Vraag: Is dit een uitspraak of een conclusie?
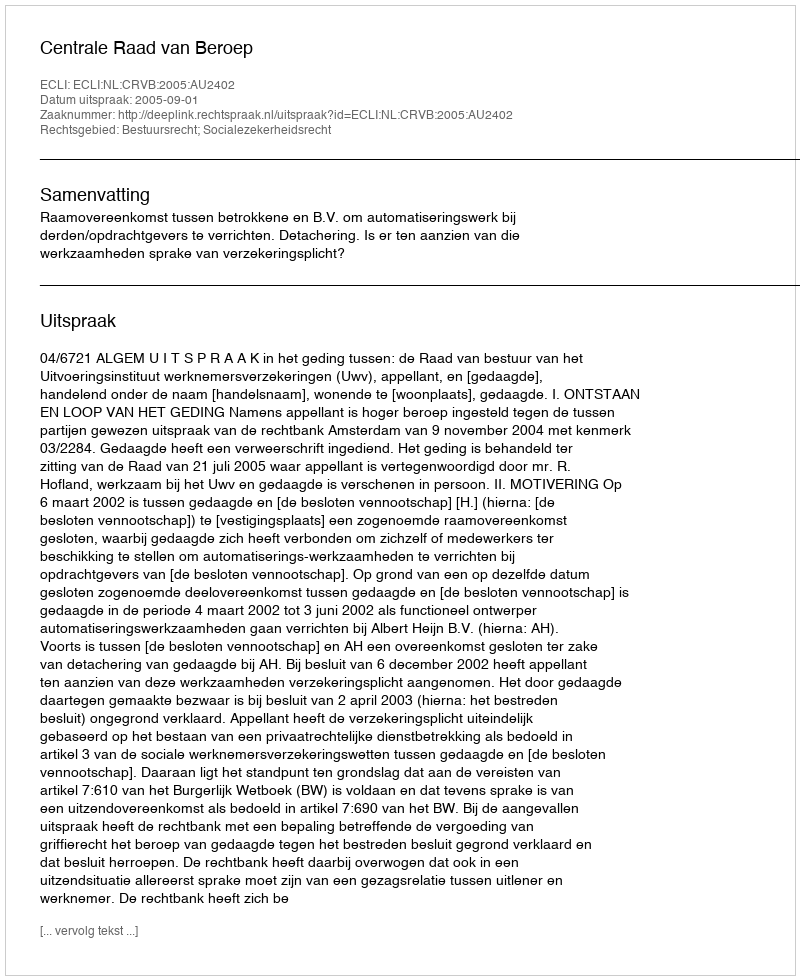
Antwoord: Uitspraak